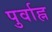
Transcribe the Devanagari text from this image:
पुर्वाह्न